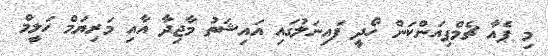
މި ޕެއާ ޗެމްޕިއަންކަން ހޯދީ ފައިނަލުގައި އައިޝަތު މާޖިދާ އާއި މަރިޔަމް ހަލީމް